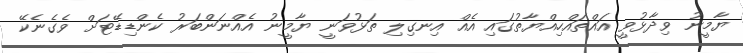
ޔާމީނު ވިދާޅުވީ އައްތައްހިއްޔާތުގައި އެއް އިނގިލި ތަޅުވަނީ ޔާމީނު އެއްނަންބަރު ކެންޑިޑޭޓަށް ވެގެނެކޭ